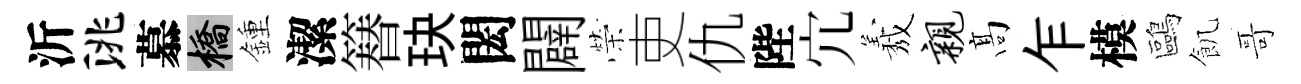
沂洮慕橋鍾潔簮玦閎闢榮吏仇陛宂𦏁亲髙乍模鷗飢哥